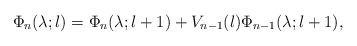
LaTeX: \begin{align*}\Phi_{n}(\lambda;l)=\Phi_{n}(\lambda;l+1)+V_{n-1}(l)\Phi_{n-1}(\lambda;l+1),\end{align*}